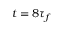
t = 8 \tau _ { f }